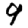
Digit: 9